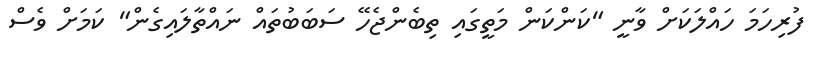
ފުރިހަމަ ހައްލަކަށް ވާނީ "ކަންކަން މަތީގައި ތިބެންޖެހޭ ސަބަބުތައް ނައްތާލައިގެން" ކަމަށް ވެސް